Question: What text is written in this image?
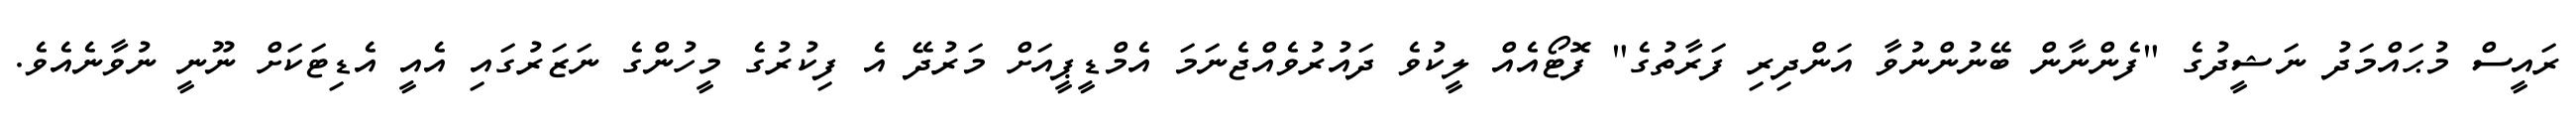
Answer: ރައީސް މުޙައްމަދު ނަޝީދުގެ "ފެންނާން ބޭނުންނުވާ އަންދިރި ފަރާތުގެ" ފޮޓޯއެއް ލީކުވެ ދައުރުވެއްޖެނަމަ އެމްޑީޕީއަށް މަރުދޭ އެ ފިކުރުގެ މީހުންގެ ނަޒަރުގައި އެއީ އެޑިޓަކަށް ނޫނީ ނުވާނެއެވެ.